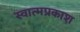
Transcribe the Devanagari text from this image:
स्वात्मप्रकाश